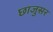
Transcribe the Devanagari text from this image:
छाजुसर